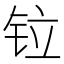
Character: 𫟷